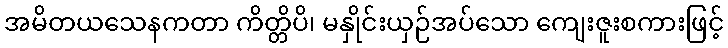
အမိတယသေနကတာ ကိတ္တိပိ၊ မနှိုင်းယှဉ်အပ်သော ကျေးဇူးစကားဖြင့်